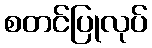
စတင်ပြုလုပ်